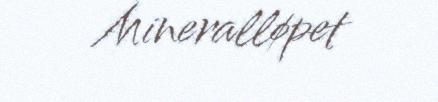
Mineralløpet